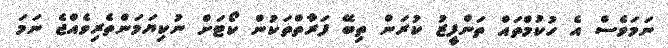
ނަމަވެސް އެ ހުކުމްތައް ތަންފީޒު ކުރަން ތިބޭ ފަރާތްތަކުން ކޯޓަށް ނުކިޔަމަންތެރިވެއްޖެ ނަމަ